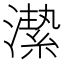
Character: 𱩈